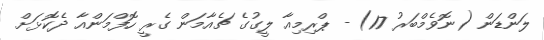
ލަންޑަން (ނޮވެމްބަރު 17) - ޕްރިމިއާ ލީގުގެ ޗެއާމަން ގެރީ ހޮފްމަންއާ ދެކޮޅަށް